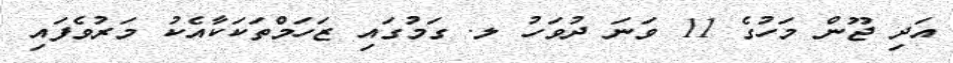
އަދި ޖޫން މަހުގެ 11 ވަނަ ދުވަހު ލ. ގަމުގައި ޒަހަމްތަކަކާއެކު މަރުވެފައި